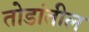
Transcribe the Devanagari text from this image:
तोडांतील